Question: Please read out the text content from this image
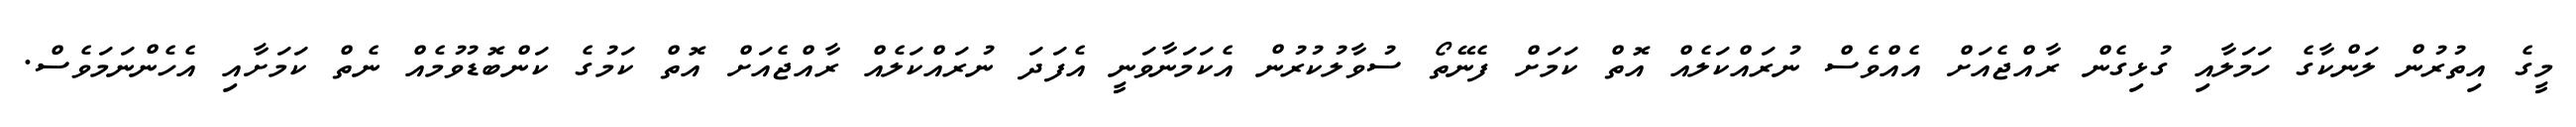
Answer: މީގެ އިތުރުން ލަންކާގެ ހަމަލާއި ގުޅިގެން ރާއްޖެއަށް އެއްވެސް ނުރައްކަލެއް އޮތް ކަމަށް ފެނޭތޯ ސުވާލުކުރުން އެކަމަނާވަނީ އެފަދަ ނުރައްކަލެއް ރާއްޖެއަށް އޮތް ކަމުގެ ކަންބޮޑުވުމެއް ނެތް ކަމަށާއި އެހެންނަމަވެސް.